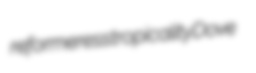
reformeress tropicality Dove